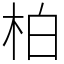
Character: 柏